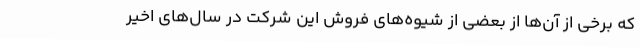
که برخی از آن‌ها از بعضی از شیوه‌های فروش این شرکت در سال‌های اخیر